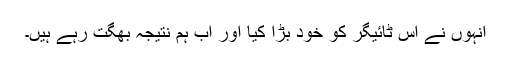
انہوں نے اس ٹائیگر کو خود بڑا کیا اور اب ہم نتیجہ بھگت رہے ہیں۔